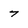
Character: 7